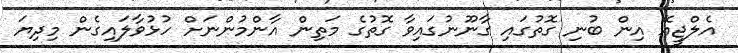
އެލްޖީއޭ އިން ބުނި ގޮތުގައި ގާނޫނުގައިވާ ގޮތުގެ މަތިން އާންމުންނަށް ހުޅުވާލައިގެން މިދިޔަ